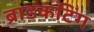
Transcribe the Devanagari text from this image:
ब्राडकटिंग